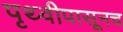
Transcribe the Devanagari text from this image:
पृथ्वीपासूनच